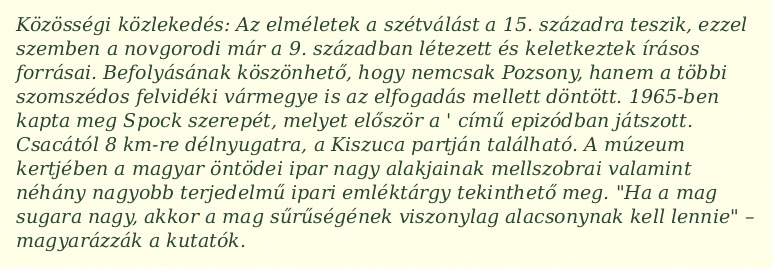
Közösségi közlekedés: Az elméletek a szétválást a 15. századra teszik, ezzel szemben a novgorodi már a 9. században létezett és keletkeztek írásos forrásai. Befolyásának köszönhető, hogy nemcsak Pozsony, hanem a többi szomszédos felvidéki vármegye is az elfogadás mellett döntött. 1965-ben kapta meg Spock szerepét, melyet először a ' című epizódban játszott. Csacától 8 km-re délnyugatra, a Kiszuca partján található. A múzeum kertjében a magyar öntödei ipar nagy alakjainak mellszobrai valamint néhány nagyobb terjedelmű ipari emléktárgy tekinthető meg. "Ha a mag sugara nagy, akkor a mag sűrűségének viszonylag alacsonynak kell lennie" – magyarázzák a kutatók.